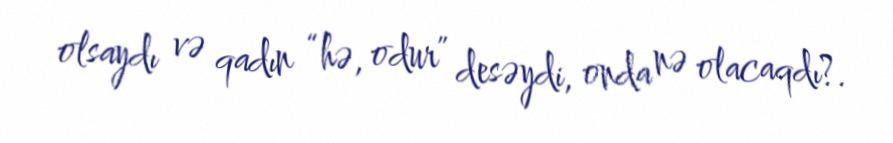
olsaydı və qadın “hə, odur” desəydi, onda nə olacaqdı?.